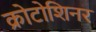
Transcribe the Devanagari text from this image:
क्रोटोशिनर